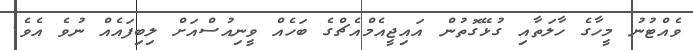
ވެއްޓުނު މީހާގެ ހާލަތާއި ގުޅޭގޮތުން އައިޖީއެމްއެޗްގެ ބަހެއް ވީނިއުސްއަށް ލިބިފައެއް ނުވެ އެވެ.